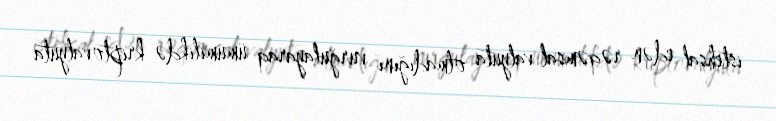
istehsal edən rəqəmsal valyuta olmadığını vurğulayaraq ümumilikdə kriptovalyuta